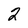
Character: 2